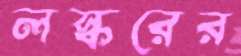
লস্করের